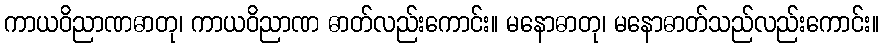
ကာယဝိညာဏဓာတု၊ ကာယဝိညာဏ ဓာတ်လည်းကောင်း။ မနောဓာတု၊ မနောဓာတ်သည်လည်းကောင်း။